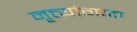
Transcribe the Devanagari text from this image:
नृत्त्यांगना